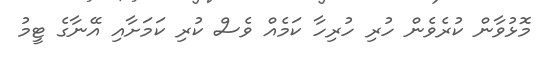
މޮޅުވާން ކުރެވެން ހުރި ހުރިހާ ކަމެއް ވެސް ކުރި ކަމަށާއި އޭނާގެ ޓީމު